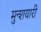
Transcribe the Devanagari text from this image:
मुन्शयारी